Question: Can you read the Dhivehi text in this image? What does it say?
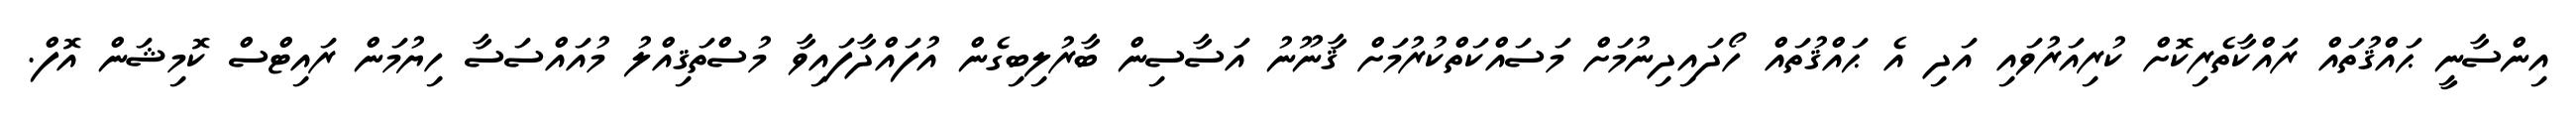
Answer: އިންސާނީ ޙައްޤުތައް ރައްކާތެރިކޮށް ކުރިއަރުވައި އަދި އެ ޙައްޤުތައް ހޯދައިދިނުމަށް މަސައްކަތްކުރުމަށް ޤާނޫނު އަސާސިން ބާރުލިބިގެން އުފައްދާފައިވާ މުސްތަޤިއްލު މުއައްސަސާ ހިޔުމަން ރައިޓްސް ކޮމިޝަން އޮފް.